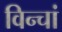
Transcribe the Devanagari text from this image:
विन्चां